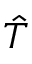
\hat { T }